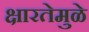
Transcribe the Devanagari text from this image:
क्षारतेमुळे